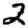
Digit: 2